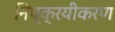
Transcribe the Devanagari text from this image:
निष्क्रयीकरण